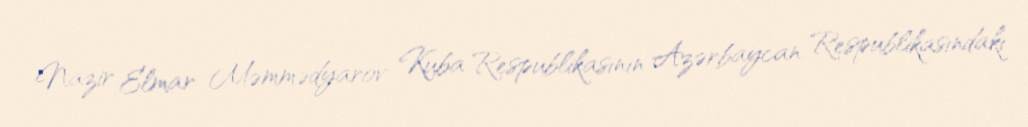
Nazir Elmar Məmmədyarov Kuba Respublikasının Azərbaycan Respublikasındakı